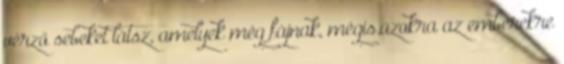
vérző sebeket látsz, amelyek még fájnak, mégis.azokra az emberekre